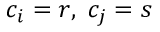
c _ { i } = r , ~ c _ { j } = s